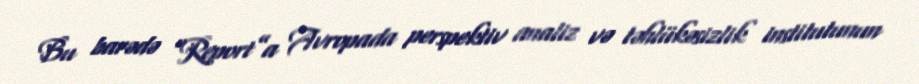
Bu barədə “Report”a Avropada perspektiv analiz və təhlükəsizlik institutunun